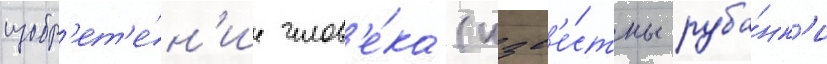
изобр'ет'е́н'ие челов'е́ка (изв'е́стны руба́нк'и